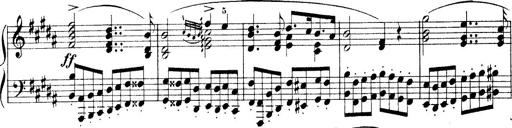
Title: Wagner-Liszt Album
Composer: Franz Liszt